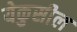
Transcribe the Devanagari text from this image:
येकुसील